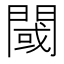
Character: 閾